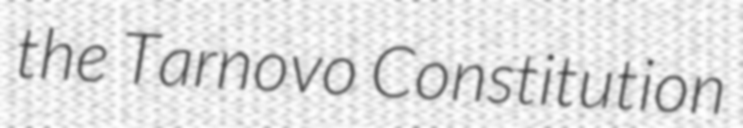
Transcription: the Tarnovo Constitution